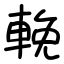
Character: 輓